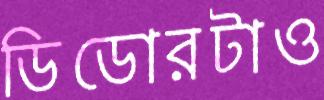
ডিডোরটাও